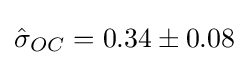
{\hat {\sigma }}_{OC}=0.34\pm 0.08